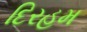
દિરહમ